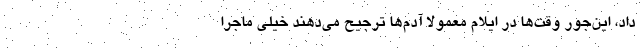
داد، این‌جور وقت‌ها در ایلام معمولاً آدم‌ها ترجیح می‌دهند خیلی ماجرا